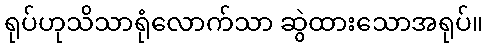
ရုပ်ဟုသိသာရုံလောက်သာ ဆွဲထားသောအရုပ်။